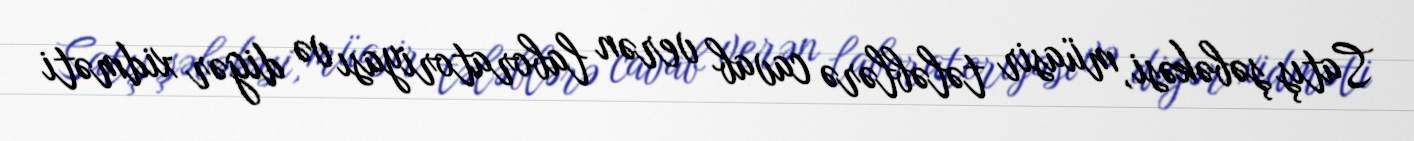
Satış şəbəkəsi, müasir tələblərə cavab verən laboratoriyası və digər xidməti